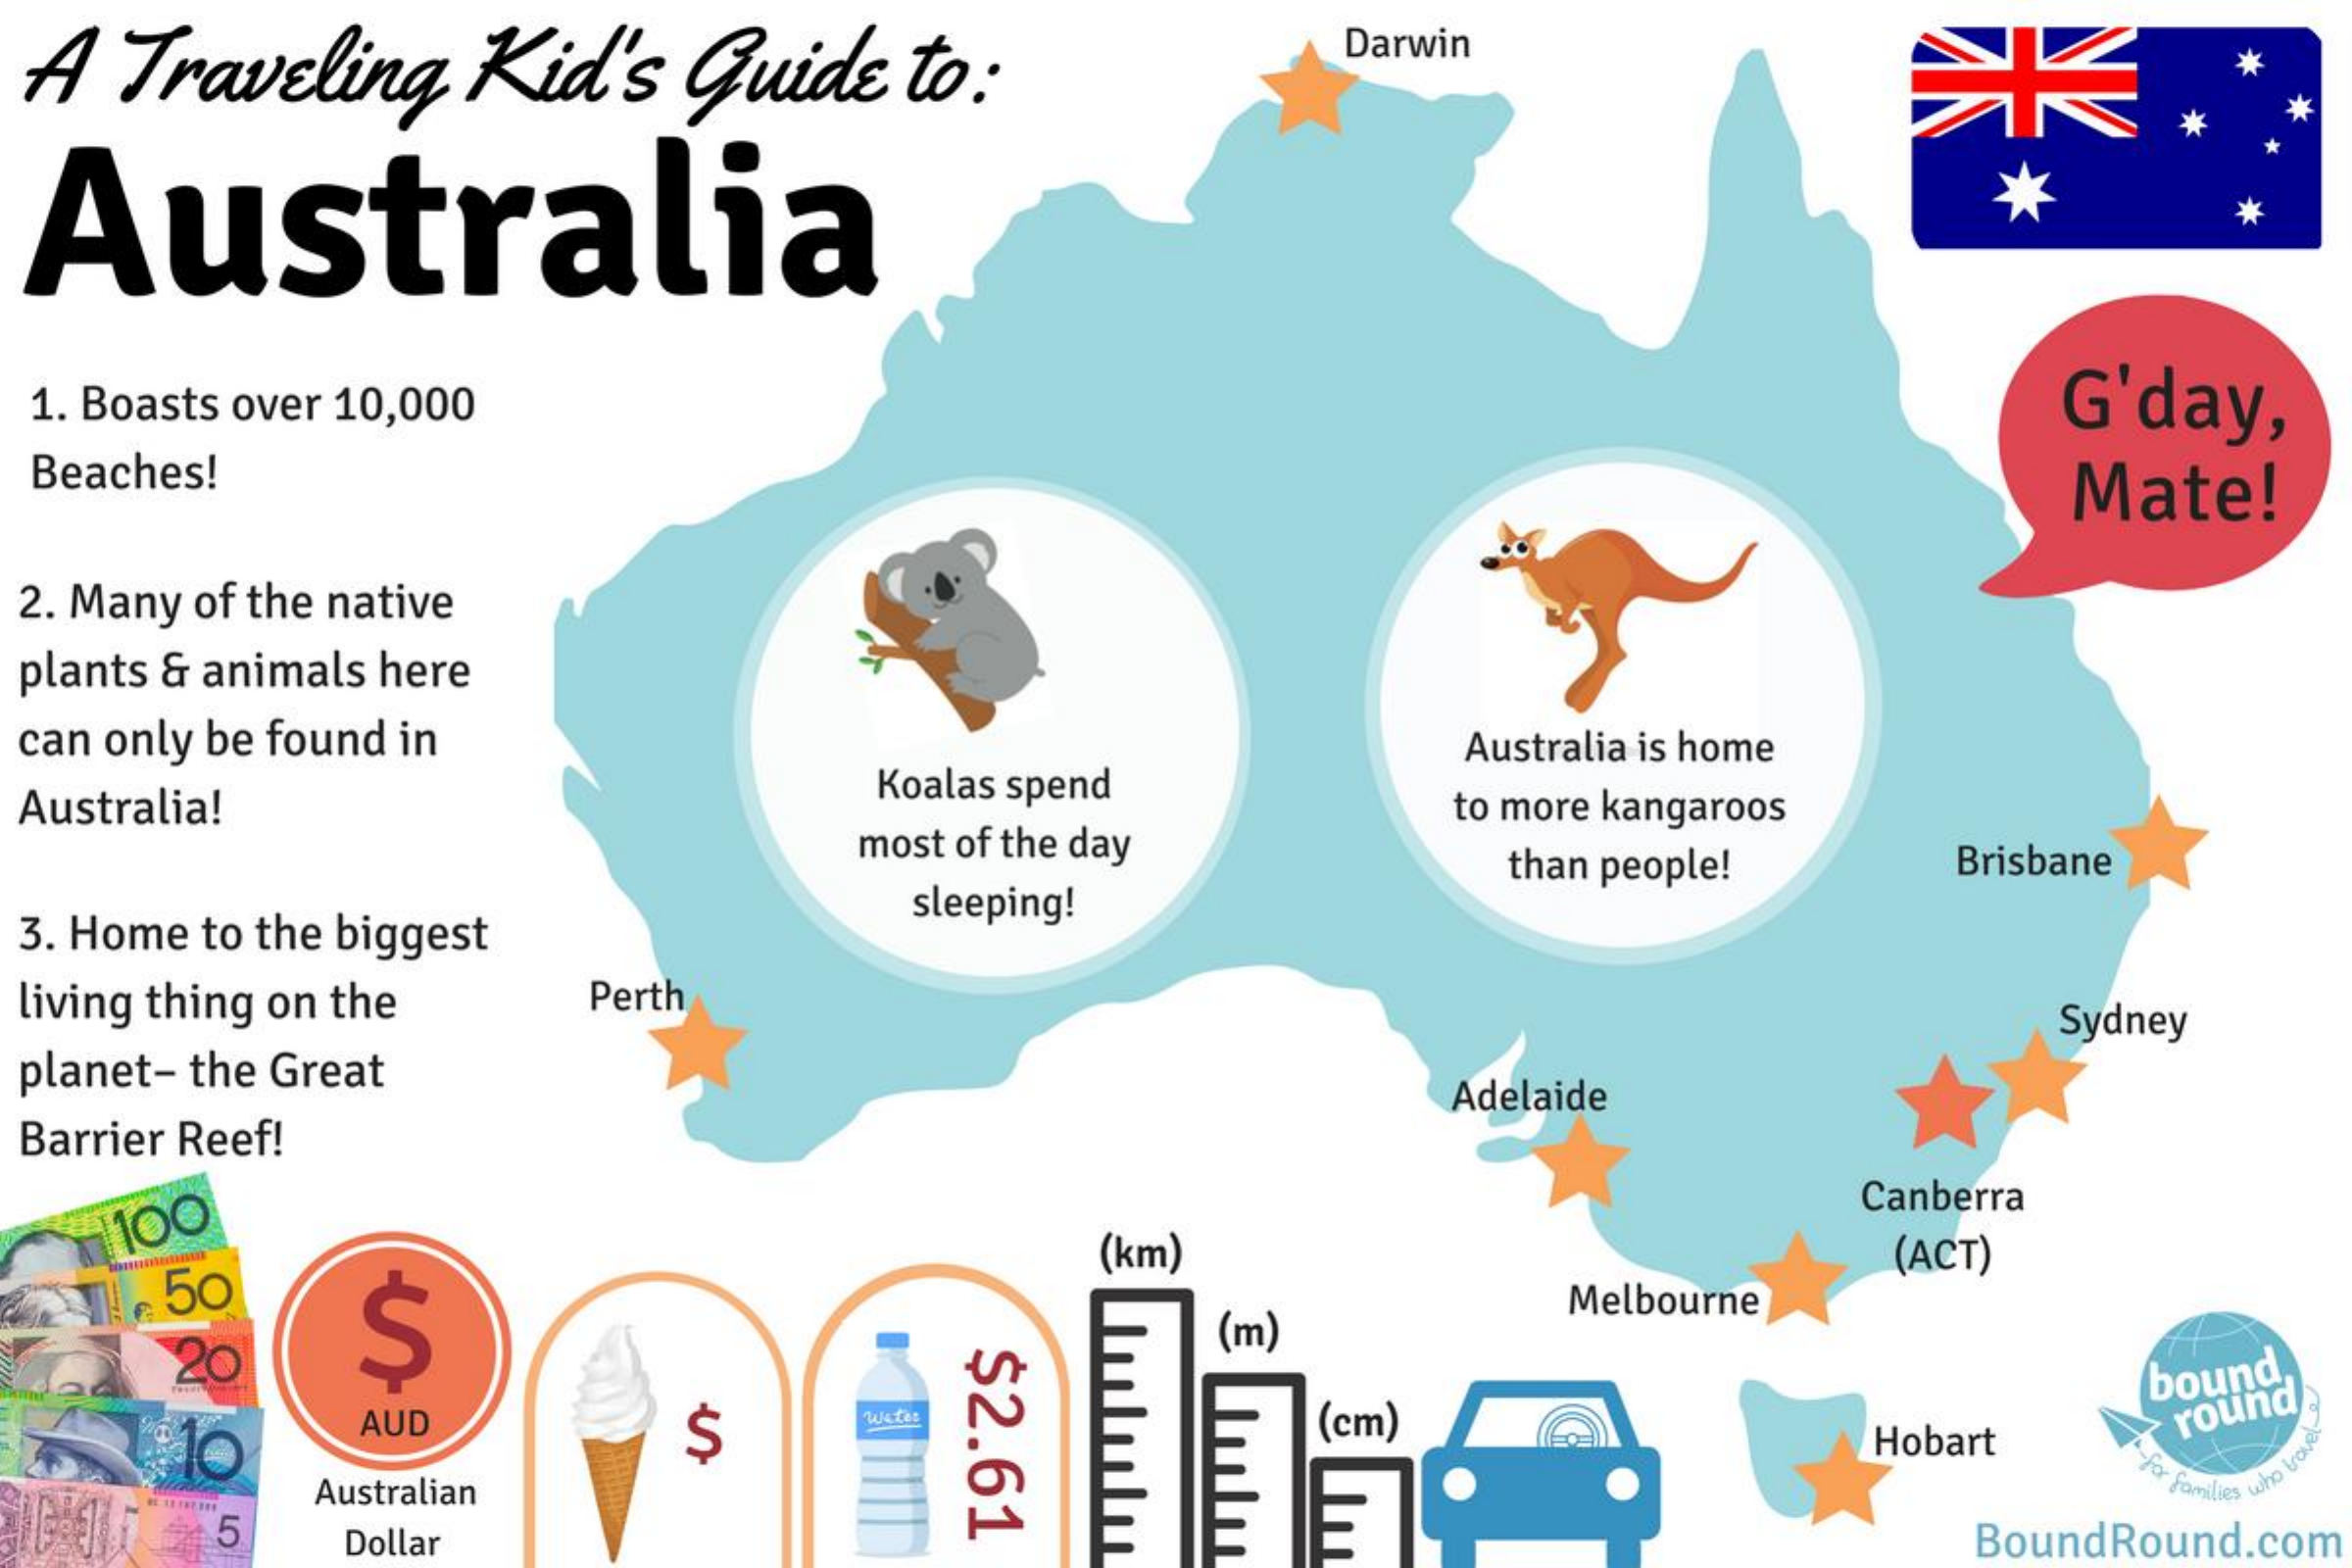
A Traveling Kid's Guide to:
     Darwin
     *
  Australia
  1. Boasts over 10,000 G'day,
  Beaches!    Mate!
  2. Many of the native
  plants & animals here
  can only be found in
  Australia! Koalas spend
     Australia is home
     most of the day
     to more kangaroos
     than people! Brisbane
  3. Home to the biggest
     sleeping!
  living thing on the Perth
     Sydney
  planet- the Great
  Barrier Reef!
     Adelaide
  100
     Canberra
  50
     (km)    (ACT)
     Melbourne
     Immm
  20 S    (m)
     $2.61 (cm)
     bound,
     Imm
    AUD $
     Wates
     Hobart
     round
   5
    Australian    who
     bok
    Dollar    BoundRound.com